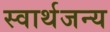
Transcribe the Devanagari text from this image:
स्वार्थजन्य